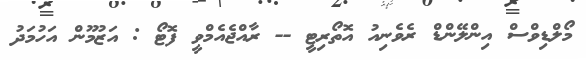
މޯލްޑިވްސް އިންލޭންޑް ރެވެނިއު އޮތޯރިޓީ -- ރާއްޖެއެމްވީ ފޮޓޯ : އަޒުމޫން އަހުމަދު